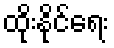
ထိုးနိုင်ရေး